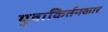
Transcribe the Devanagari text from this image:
युवाकिर्तनकार